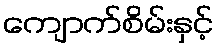
ကျောက်စိမ်းနှင့်